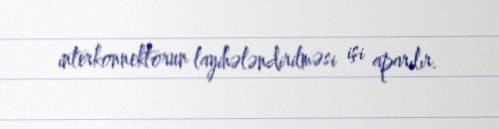
interkonnektorun layihələndirilməsi işi aparılır.